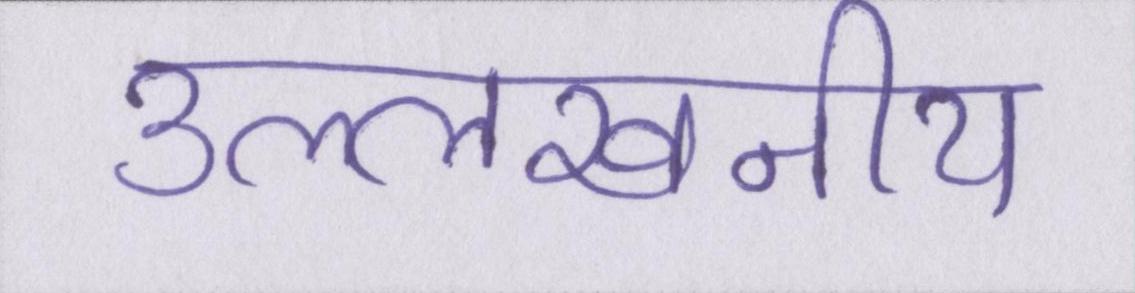
उल्लेखनीय